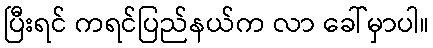
ပြီးရင် ကရင်ပြည်နယ်က လာ ခေါ်မှာပါ။